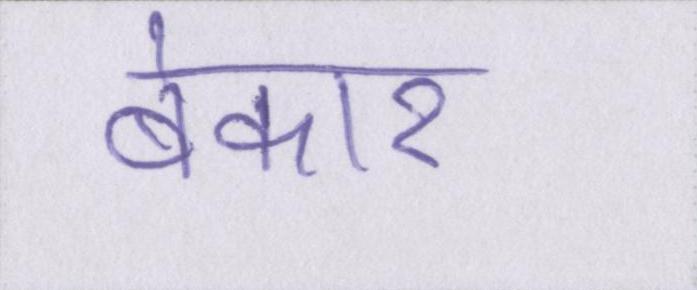
बेकार